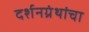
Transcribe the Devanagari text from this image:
दर्शनग्रंथांचा